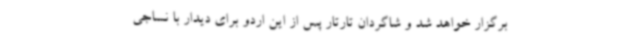
برگزار خواهد شد و شاگردان تارتار پس از این اردو برای دیدار با نساجی